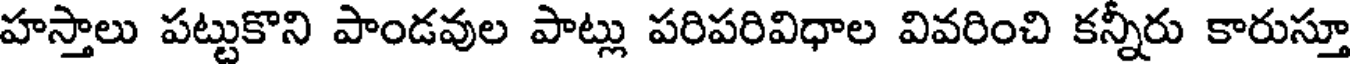
హస్తాలు పట్టుకొని పాండవుల పాట్లు పరిపరివిధాల వివరించి కన్నీరు కారుస్తూ